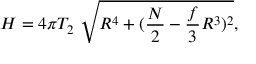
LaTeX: H = 4 \pi T _ { 2 } \ \sqrt { R ^ { 4 } + ( \frac { N } { 2 } - \frac { f } { 3 } R ^ { 3 } ) ^ { 2 } } ,